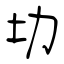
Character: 㘦